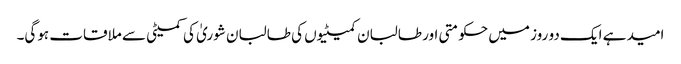
امید ہے ایک دو روز میں حکومتی اور طالبان کمیٹیوں کی طالبان شوریٰ کی کمیٹی سے ملاقات ہوگی۔